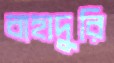
বাহাদুরি